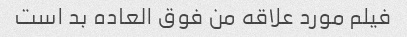
فیلم مورد علاقه من فوق العاده بد است